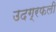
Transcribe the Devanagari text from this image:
उदग्रफली